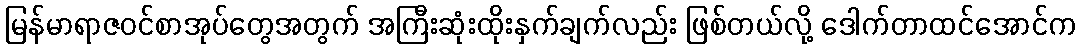
မြန်မာရာဇဝင်စာအုပ်တွေအတွက် အကြီးဆုံးထိုးနှက်ချက်လည်း ဖြစ်တယ်လို့ ဒေါက်တာထင်အောင်က